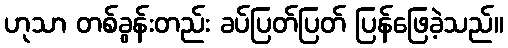
ဟုသာ တစ်ခွန်းတည်း ခပ်ပြတ်ပြတ် ပြန်ဖြေခဲ့သည်။